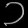
Digit: ၁